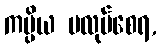
ကပ္ပိယ မလုပ်စေရ,